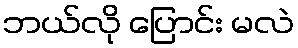
ဘယ်လို ပြောင်း မလဲ